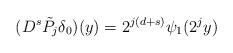
LaTeX: \begin{align*}(D^s \tilde P_j \delta_0)(y) = 2^{j(d+s)} \psi_1 (2^j y)\end{align*}